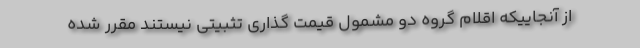
از آنجاییکه اقلام گروه دو مشمول قیمت گذاری تثبیتی نیستند مقرر شده